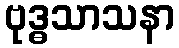
ဗုဒ္ဓသာသနာ